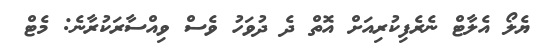
ޔެލޯ އެލާޓް ނެރެފިކުރިއަށް އޮތް ދެ ދުވަހު ވެސް ވިއްސާރަކުރާނެ: މެޓް